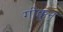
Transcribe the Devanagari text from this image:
गोक्कुन